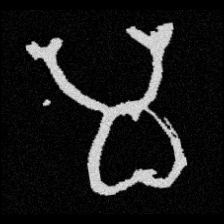
Pyu character \u2014 Myanmar letter: မ (romanized: ma)